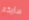
سأريكم